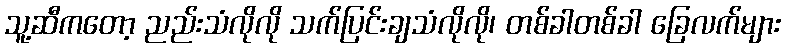
သူ့ဆီကတော့ ညည်းသံလိုလို သက်ပြင်းချသံလိုလို၊ တစ်ခါတစ်ခါ ခြေလက်များ